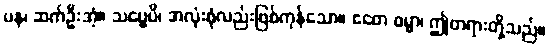
ပန၊ ဆက်ဦးအံ့။ သဗ္ဗေပိ၊ အလုံးစုံလည်းဖြစ်ကုန်သော။ ဧတေ ဓမ္မာ၊ ဤတရားတို့သည်။